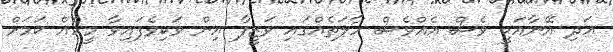
އަދި އޭނާއަކީ ވެސް އެއްވެސް ހާލަތެއްގައި ވަޒީފާ އިން ވަކިވެފައިވާ މީހެއް ކަމަށް